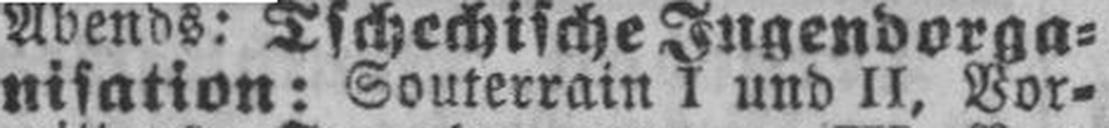
nisation: Souterrain I und II, Vor¬